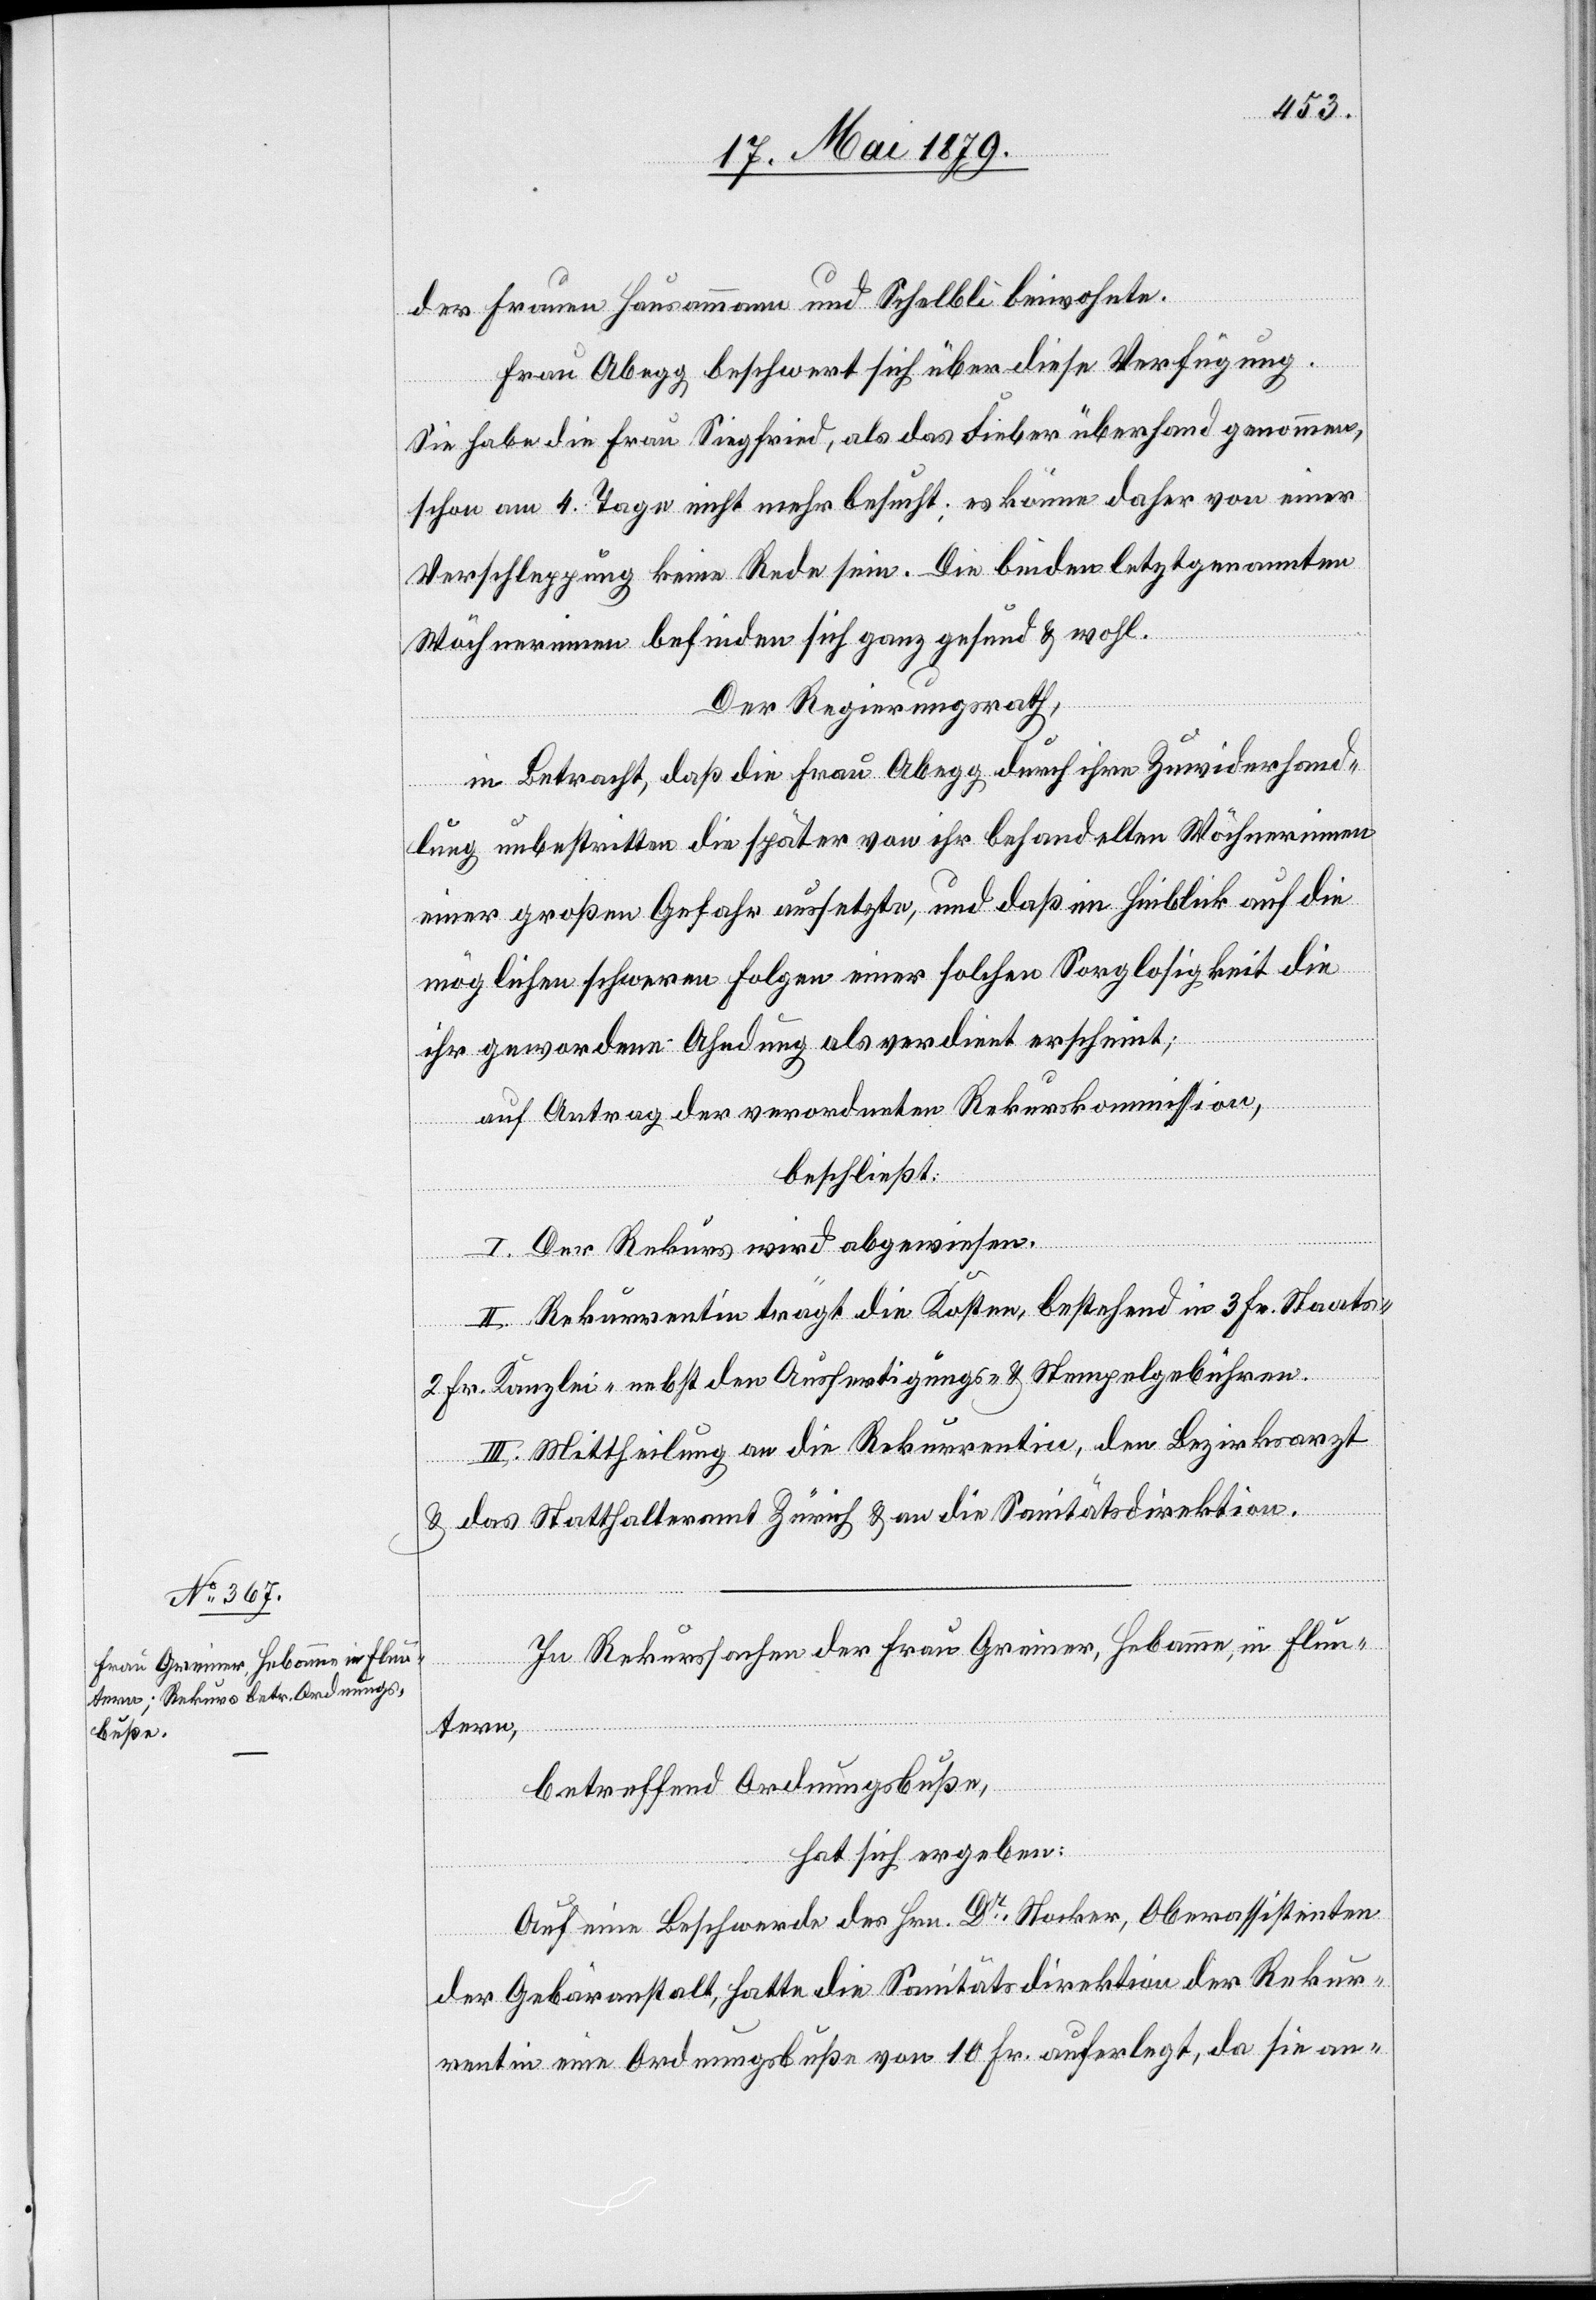
der Frauen Hausammann und Schelbli beiwohnte.
Frau Abegg beschwert sich über diese Verfügung.
Sie habe die Frau Siegfried, als das Fieber überhand genommen,
schon am 4. Tage nicht mehr besucht; es könne daher von einer
Verschleppung keine Rede sein. Die beiden letztgenannten
Wöchnerinnen befinden sich ganz gesund & wohl.
Der Regierungsrath,
in Betracht, daß die Frau Abegg durch ihre Zuwiderhand¬
lung unbestritten die später von ihr behandelten Wöchnerinnen
einer großen Gefahr aussetzte, und daß im Hinblick auf die
möglichen schweren Folgen einer solchen Sorglosigkeit die
ihr gewordene Ahndung als verdient erscheint;
auf Antrag der verordneten Rekurskommission,
beschließt:
I. Der Rekurs wird abgewiesen.
II. Rekurrentin trägt die Kosten, bestehend in 3 Fr. Staats-
2 Fr. Kanzlei- nebst den Ausfertigungs- & Stempelgebühren.
III. Mittheilung an die Rekurrentin, den Bezirksarzt
& das Statthalteramt Zürich & an die Sanitätsdirektion.
In Rekurssachen der Frau Greiner, Hebamme, in Flun¬
tern,
betreffend Ordnungsbuße,
hat sich ergeben:
Auf eine Beschwerde des Hrn. Dr Stocker, Oberassistenten
der Gebäranstalt, hatte die Sanitätsdirektion der Rekur¬
rentin eine Ordnungsbuße von 10 Fr. auferlegt, da sie an-